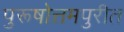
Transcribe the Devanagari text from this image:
पुरूषोत्तमपुरीत